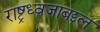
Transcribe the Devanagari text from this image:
राष्ट्रध्वजाबद्दल